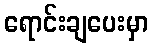
ရောင်းချပေးမှာ